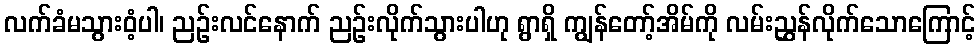
လက်ခံမသွားဝံ့ပါ၊ ညဉ်းလင်နောက် ညဉ်းလိုက်သွားပါဟု ရွာရှိ ကျွန်တော့်အိမ်ကို လမ်းညွှန်လိုက်သောကြောင့်